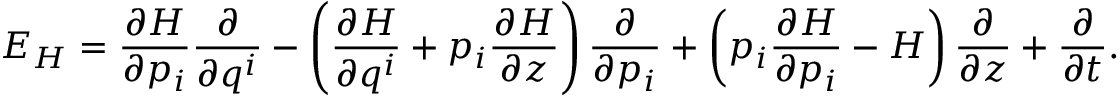
E _ { H } = \frac { \partial H } { \partial p _ { i } } \frac { \partial } { \partial q ^ { i } } - \left( \frac { \partial H } { \partial q ^ { i } } + p _ { i } \frac { \partial H } { \partial z } \right) \frac { \partial } { \partial p _ { i } } + \left( p _ { i } \frac { \partial H } { \partial p _ { i } } - H \right) \frac { \partial } { \partial z } + \frac { \partial } { \partial t } .